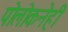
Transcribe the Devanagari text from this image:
पोलोकनेही